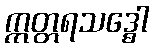
ဣတ္တရသဒ္ဓေါ